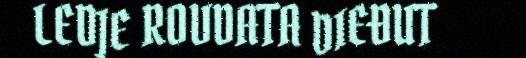
LEDJE ROVDATA DIEĐUT